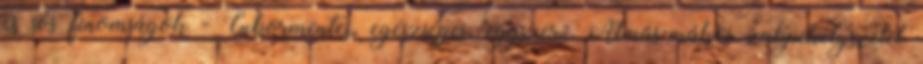
és sós finomságok - Cukormentes, egészséges, egyszerű Almás-mákos zabpehelyszelet